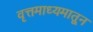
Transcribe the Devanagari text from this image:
वृत्तमाध्यमातून